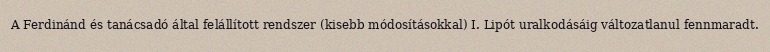
A Ferdinánd és tanácsadó által felállított rendszer (kisebb módosításokkal) I. Lipót uralkodásáig változatlanul fennmaradt.